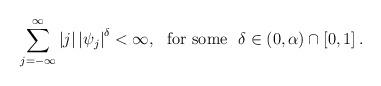
LaTeX: \begin{align*}\sum \limits_{j=-\infty }^{\infty } \left| j\right| \left|\psi _{j}\right|^{\delta } < \infty,\ \ \mbox{for some} \ \ \delta \in \left( 0,\alpha \right) \cap \left[ 0,1\right] .\end{align*}